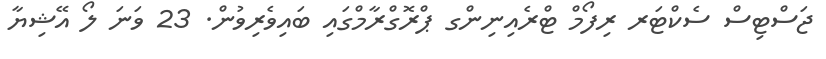
ޖަސްޓިސް ސެކްޓަރ ރިފޯމް ޓްރެއިނިންގ ޕްރޮގްރާމްގައި ބައިވެރިވުން. 23 ވަނަ ލޯ އޭޝިޔާ